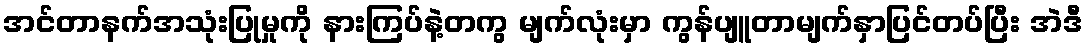
အင်တာနက်အသုံးပြုမှုကို နားကြပ်နဲ့တကွ မျက်လုံးမှာ ကွန်ပျူတာမျက်နှာပြင်တပ်ပြီး အဲဒီ